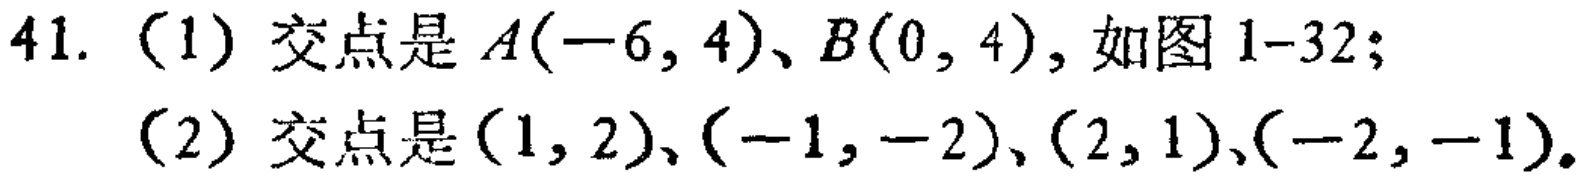
41.（1）交点是 \(A(-6,4)\)、\(B(0,4)\)，如图1-32；
（2）交点是\((1,2)\)、\((-1,-2)\)、\((2,1)\)、\((-2,-1)\)。